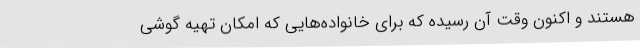
هستند و اکنون وقت آن رسیده که برای خانواده‌هایی که امکان تهیه گوشی